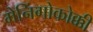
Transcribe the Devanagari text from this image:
मेनिंगोकोक्की